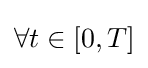
\forall t\in \left[0,T\right]